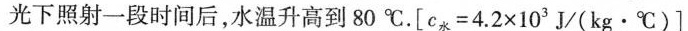
光下照射一段时间后，水温升高到80℃。$$[ c_{水} = 4 . 2 \times 10^{3}J/(kg·℃)]$$